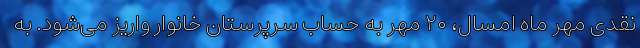
نقدی مهر ماه امسال، ۲۰ مهر به حساب سرپرستان خانوار واریز می‌شود. به